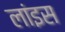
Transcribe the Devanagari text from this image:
लांइस